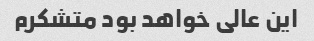
این عالی خواهد بود متشکرم